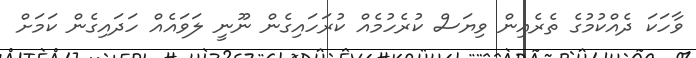
ވާހަކަ ދެއްކުމުގެ ތެރެއިން ވިޔަސް ކުރެހުމެއް ކުރަހައިގެން ނޫނީ ލަވައެއް ހަދައިގެން ކަމަށް